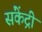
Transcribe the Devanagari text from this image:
संकेंद्री